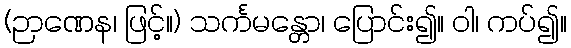
(ဉာဏေန၊ ဖြင့်။) သင်္ကမန္တော၊ ပြောင်း၍။ ဝါ၊ ကပ်၍။